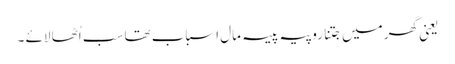
یعنی گھر میں جتنا روپیہ پیسہ مال اسباب تھا سب اُٹھا لائے ۔